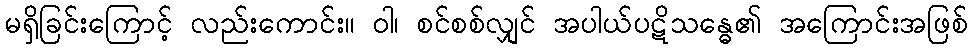
မရှိခြင်းကြောင့် လည်းကောင်း။ ဝါ၊ စင်စစ်လျှင် အပါယ်ပဋိသန္ဓေ၏ အကြောင်းအဖြစ်